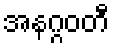
အနဂ္ဂဝတီ